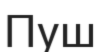
Пуш